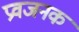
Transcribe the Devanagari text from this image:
प्रवजनक